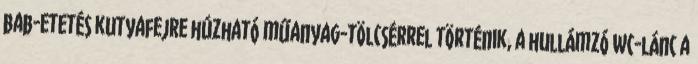
bab-etetés kutyafejre húzható műanyag-tölcsérrel történik, a hullámzó WC-lánc a